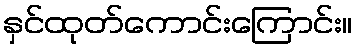
နှင်ထုတ်ကောင်းကြောင်း။